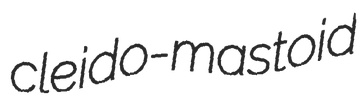
cleido-mastoid